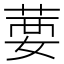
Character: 葽